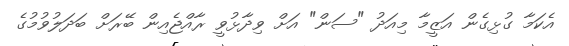
އެކަމާ ގުޅިގެން އަޒީމާ މިއަދު "ސަން" އަށް ވިދާޅުވީ ރާއްޖެއިން ބޭރަށް ބަދަލުވުމުގެ